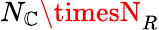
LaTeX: N_{\mathbb{C}}\timesN_{R}